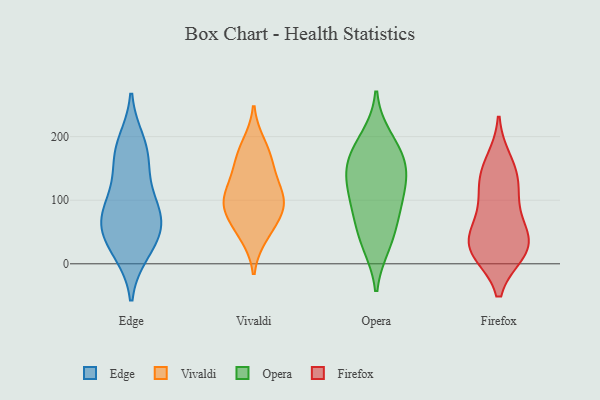
{"axis": {"x": "Shipments", "y": "Value"}, "legend": ["Edge", "Firefox", "Opera", "Vivaldi"], "data": [{"x": "", "y": 119, "type": "Edge"}, {"x": "", "y": 77, "type": "Edge"}, {"x": "", "y": 190, "type": "Edge"}, {"x": "", "y": 169, "type": "Edge"}, {"x": "", "y": 72, "type": "Edge"}, {"x": "", "y": 20, "type": "Edge"}, {"x": "", "y": 169, "type": "Edge"}, {"x": "", "y": 49, "type": "Edge"}, {"x": "", "y": 88, "type": "Edge"}, {"x": "", "y": 27, "type": "Edge"}, {"x": "", "y": 61, "type": "Edge"}, {"x": "", "y": 151, "type": "Vivaldi"}, {"x": "", "y": 89, "type": "Vivaldi"}, {"x": "", "y": 171, "type": "Vivaldi"}, {"x": "", "y": 188, "type": "Vivaldi"}, {"x": "", "y": 44, "type": "Vivaldi"}, {"x": "", "y": 103, "type": "Vivaldi"}, {"x": "", "y": 135, "type": "Vivaldi"}, {"x": "", "y": 98, "type": "Vivaldi"}, {"x": "", "y": 106, "type": "Vivaldi"}, {"x": "", "y": 56, "type": "Vivaldi"}, {"x": "", "y": 81, "type": "Vivaldi"}, {"x": "", "y": 139, "type": "Opera"}, {"x": "", "y": 38, "type": "Opera"}, {"x": "", "y": 164, "type": "Opera"}, {"x": "", "y": 148, "type": "Opera"}, {"x": "", "y": 82, "type": "Opera"}, {"x": "", "y": 105, "type": "Opera"}, {"x": "", "y": 180, "type": "Opera"}, {"x": "", "y": 82, "type": "Opera"}, {"x": "", "y": 30, "type": "Opera"}, {"x": "", "y": 198, "type": "Opera"}, {"x": "", "y": 133, "type": "Opera"}, {"x": "", "y": 161, "type": "Firefox"}, {"x": "", "y": 39, "type": "Firefox"}, {"x": "", "y": 22, "type": "Firefox"}, {"x": "", "y": 129, "type": "Firefox"}, {"x": "", "y": 21, "type": "Firefox"}, {"x": "", "y": 26, "type": "Firefox"}, {"x": "", "y": 53, "type": "Firefox"}, {"x": "", "y": 140, "type": "Firefox"}, {"x": "", "y": 111, "type": "Firefox"}, {"x": "", "y": 19, "type": "Firefox"}, {"x": "", "y": 78, "type": "Firefox"}]}